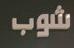
شوب